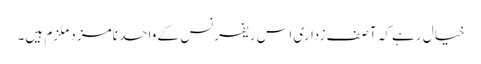
خیال رہے کہ آصف زداری اس ریفرنس کے واحد نامزد ملزم ہیں۔